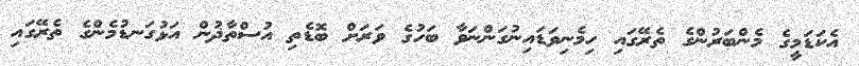
އެކަޑަމީގެ މެންބަރުންގެ ތެރޭގައި ހިމެނިވަޑައިނުގަންނަވާ ބަހުގެ ވަރަށް ބޮޑެތި އުސްތާޛުން އަޅުގަނޑުމެންގެ ތެރޭގައި